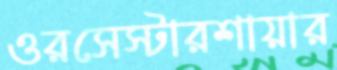
ওরসেস্টারশায়ার